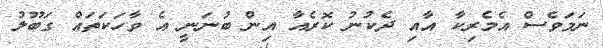
ނަމަވެސް އެމެރިކާ އާއި ދެކުނު ކޮރެއާ އިން ބުނަނީ އެ ވާހަކަތައް ގަބޫލު